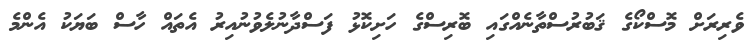
ވެރިރަށް މޮސްކޯގެ ޤަބުރުސްތާނެއްގައި ބޮރިސްގެ ހަށިކޮޅު ފަސްދާނުލެވުނުއިރު އެތައް ހާސް ބަޔަކު އެންމެ